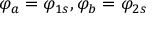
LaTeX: \varphi _ { a } = \varphi _ { 1 s } , \varphi _ { b } = \varphi _ { 2 s }